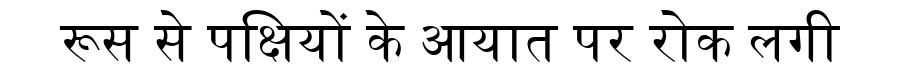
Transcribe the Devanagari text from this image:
रूस से पक्षियों के आयात पर रोक लगी